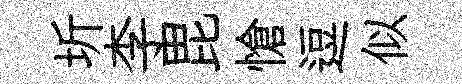
圻李毘愴逗似